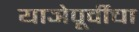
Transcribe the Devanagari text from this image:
याञेपूर्वीचा